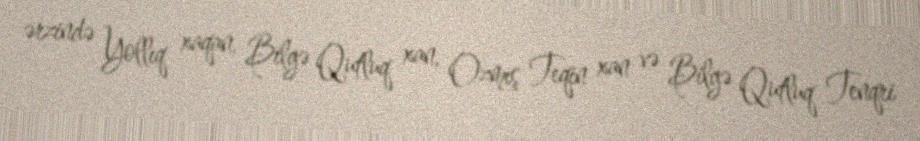
ərzində Yollıq xaqan, Bilgə Qutluq xan, Ozmış Teqin xan və Bilgə Qutluq Tenqri